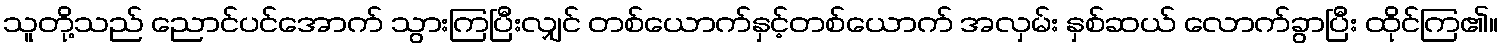
သူတို့သည် ညောင်ပင်အောက် သွားကြပြီးလျှင် တစ်ယောက်နှင့်တစ်ယောက် အလှမ်း နှစ်ဆယ် လောက်ခွာပြီး ထိုင်ကြ၏။